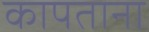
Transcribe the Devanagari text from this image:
कापताना